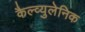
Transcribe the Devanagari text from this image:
कैल्व्युलेनिक